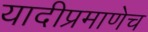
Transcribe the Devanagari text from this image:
यादीप्रमाणेच